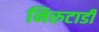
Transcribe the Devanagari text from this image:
निरुटाडी